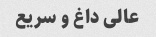
عالی داغ و سریع